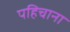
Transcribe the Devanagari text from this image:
पहिचाना